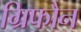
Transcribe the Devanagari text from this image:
ग्रिफौन